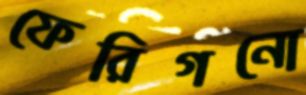
ফেরিগনো